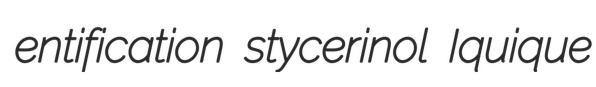
entification stycerinol Iquique